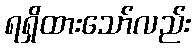
ရရှိထားသော်လည်း